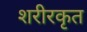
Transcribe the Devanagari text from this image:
शरीरकृत